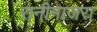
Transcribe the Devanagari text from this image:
रानीमाजरा